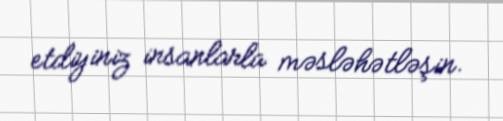
etdiyiniz insanlarla məsləhətləşin.